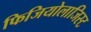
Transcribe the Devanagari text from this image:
फिजियोलाजिस्ट